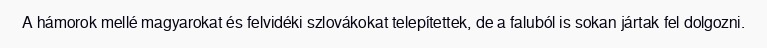
A hámorok mellé magyarokat és felvidéki szlovákokat telepítettek, de a faluból is sokan jártak fel dolgozni.